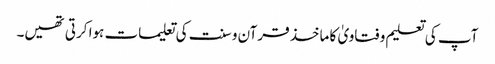
آپ کی تعلیم و فتاویٰ کا ماخذ قرآن و سنت کی تعلیمات ہوا کرتی تھیں۔